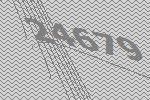
24679